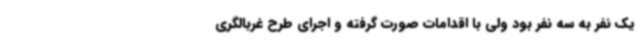
یک نفر به سه نفر بود ولی با اقدامات صورت گرفته و اجرای طرح غربالگری